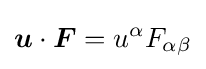
{\boldsymbol {u}}\cdot {\boldsymbol {F}}=u^{\alpha }F_{\alpha \beta }